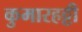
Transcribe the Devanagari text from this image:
कुमारहट्टी